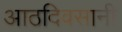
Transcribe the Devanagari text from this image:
आठदिवसानी